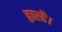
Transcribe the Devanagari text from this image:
द्वारहै।